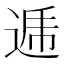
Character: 逓